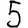
Digit: 5